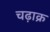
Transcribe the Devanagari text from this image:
चढ़ाक्र